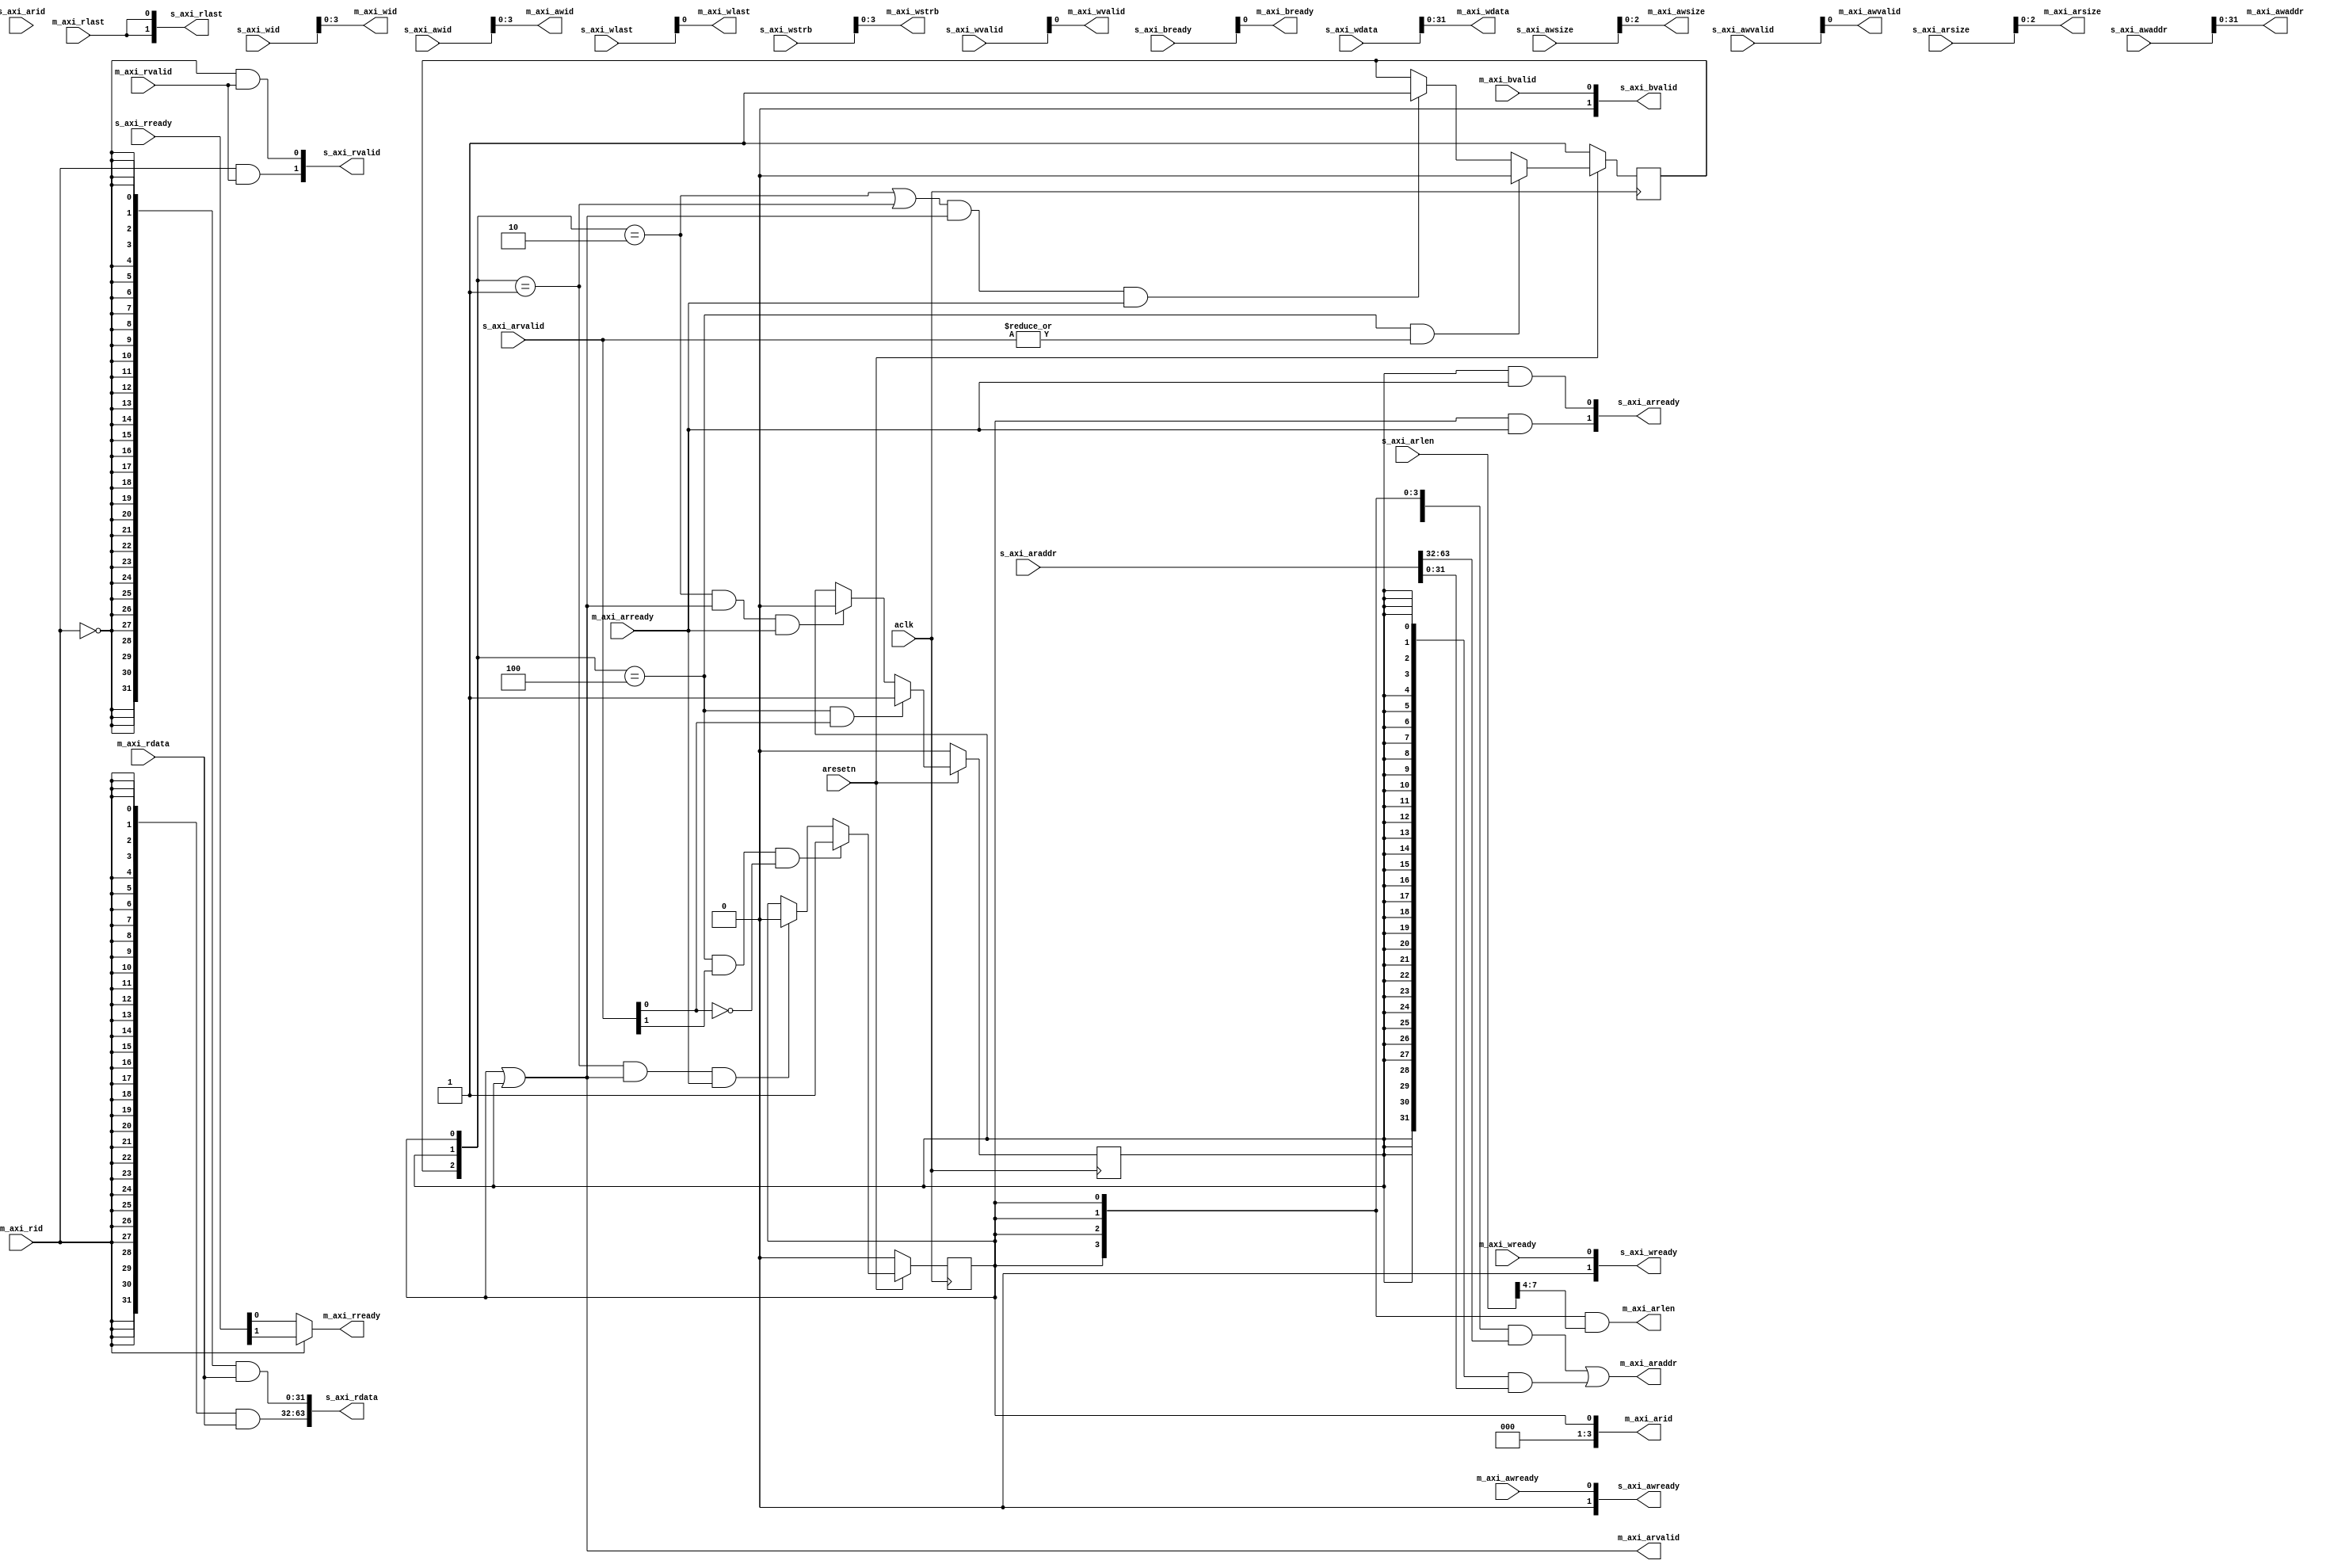
`timescale 1ns / 1ps
//////////////////////////////////////////////////////////////////////////////////
// Company: 
// Engineer: 
// 
// Design Name: 
// Module Name: axi_crossbar
// Project Name: 
// Target Devices: 
// Tool Versions: 
// Description: 
// 
// Dependencies: 
// 
// Revision:
// Revision 0.01 - File Created
// Additional Comments:
// 
//////////////////////////////////////////////////////////////////////////////////

//2-->1 crossbar channel 0's priority is greater than channel 1's.
module axi_crossbar(
        input  wire        aclk,
        input  wire        aresetn,
        
        input  wire     [7:0]       s_axi_awid,
        input  wire     [63:0]      s_axi_awaddr,
        input   wire    [5:0]       s_axi_awsize,
        input   wire    [1:0]       s_axi_awvalid,
        output  wire    [1:0]       s_axi_awready,
    
        input   wire    [7:0]       s_axi_wid,
        input   wire    [63:0]      s_axi_wdata,
        input   wire    [7:0]       s_axi_wstrb,
        input   wire    [1:0]       s_axi_wlast,
        input   wire    [1:0]       s_axi_wvalid,
        output  wire    [1:0]       s_axi_wready,
    
        output   wire   [1:0]       s_axi_bvalid,
        input   wire    [1:0]       s_axi_bready,
    
        input   wire    [7:0]       s_axi_arid,
        input   wire    [63:0]      s_axi_araddr,
        input   wire    [7:0]       s_axi_arlen,
        input   wire    [5:0]       s_axi_arsize,
        input   wire    [1:0]       s_axi_arvalid,
        output  wire    [1:0]       s_axi_arready,
    
        output  wire    [63:0]      s_axi_rdata,
        output   wire   [1:0]       s_axi_rlast,
        output  wire    [1:0]       s_axi_rvalid,
        input   wire    [1:0]       s_axi_rready,
                
        output wire    [3:0]        m_axi_awid,
        output wire     [31:0]      m_axi_awaddr,
        output wire     [2:0]       m_axi_awsize,
        output wire                 m_axi_awvalid,
        input  wire                 m_axi_awready,

        output wire    [3:0]        m_axi_wid,
        output wire     [31:0]      m_axi_wdata,
        output wire     [3:0]       m_axi_wstrb,
        output  wire                m_axi_wlast,
        output wire                 m_axi_wvalid,
        input  wire                 m_axi_wready,

        input  wire                 m_axi_bvalid,
        output wire                 m_axi_bready,

        output wire     [3:0]       m_axi_arid,
        output wire     [31:0]      m_axi_araddr,
        output  wire    [3:0]       m_axi_arlen,
        output wire     [2:0]       m_axi_arsize,
        output wire                 m_axi_arvalid,
        input  wire                 m_axi_arready,

        input wire                  m_axi_rid,
        input  wire     [31:0]      m_axi_rdata,
        input   wire                m_axi_rlast,
        input  wire                 m_axi_rvalid,
        output wire                 m_axi_rready
    );
    
    reg         wait_state;
    reg         channel0_read_state;
    reg         channel1_read_state;
    
    wire    [2:0]   state;
    
    assign      state = {wait_state, channel0_read_state, channel1_read_state};
    //read channel
    assign      s_axi_rdata = {{32{m_axi_rid}} & m_axi_rdata, {32{~m_axi_rid}} & m_axi_rdata};
    assign      s_axi_rlast = {m_axi_rlast, m_axi_rlast};
    assign      s_axi_rvalid = {m_axi_rid & m_axi_rvalid, ~m_axi_rid & m_axi_rvalid};
    assign      m_axi_rready = m_axi_rid ? s_axi_rready[1] : s_axi_rready[0];
    //read address channel
    assign      m_axi_arsize = s_axi_arsize[2:0];
    assign      m_axi_arid = channel1_read_state;
    assign      m_axi_araddr = {{32{channel1_read_state}} & s_axi_araddr[63:32]} | {{32{channel0_read_state}} & s_axi_araddr[31:0]};
    assign      m_axi_arlen = {{4{channel1_read_state}} & s_axi_arlen[7:4]};
    assign      m_axi_arvalid = channel1_read_state | channel0_read_state;
    assign      s_axi_arready = {channel1_read_state & m_axi_arready, channel0_read_state & m_axi_arready};
    
    always @(posedge aclk)
    begin
            if(~aresetn)
                    wait_state <= 1'b1;
            else if(state == 3'b100 && (|s_axi_arvalid))
                    wait_state <= 1'b0;
            else if((state == 3'b010 || state == 3'b001) && m_axi_arvalid && m_axi_arready)
                    wait_state <= 1'b1;
            else
                    wait_state <= wait_state;
    end
    
    always @(posedge aclk)
    begin
            if(~aresetn)
                    channel0_read_state <= 1'b0;
            else if(state == 3'b100 && s_axi_arvalid[0])
                    channel0_read_state <= 1'b1;
            else if(state == 3'b010 && m_axi_arvalid && m_axi_arready)
                    channel0_read_state <= 1'b0;
            else
                    channel0_read_state <= channel0_read_state;
    end
    
    always @(posedge aclk)
    begin
            if(~aresetn)
                    channel1_read_state <= 1'b0;
            else if((state == 3'b100) && s_axi_arvalid[1] && ~s_axi_arvalid[0])
                    channel1_read_state <= 1'b1;
            else if(state == 3'b001 && m_axi_arvalid && m_axi_arready)
                    channel1_read_state <= 1'b0;
            else
                    channel1_read_state <= channel1_read_state;
    end
    
    //write channel
    assign      m_axi_wid = s_axi_wid[3:0];
    assign      m_axi_wdata = s_axi_wdata[31:0];
    assign      m_axi_wstrb = s_axi_wstrb[3:0];
    assign      m_axi_wlast = s_axi_wlast[0];
    assign      m_axi_wvalid = s_axi_wvalid[0];
    assign      s_axi_wready = {1'b0, m_axi_wready};
    //write adress channel
    assign      m_axi_awid = s_axi_awid[3:0];
    assign      m_axi_awaddr = s_axi_awaddr[31:0];
    assign      m_axi_awsize = s_axi_awsize[2:0];
    assign      m_axi_awvalid = s_axi_awvalid[0];
    assign      s_axi_awready = {1'b0, m_axi_awready};
    //write response channel
    assign      m_axi_bready = s_axi_bready[0];
    assign      s_axi_bvalid = {1'b0, m_axi_bvalid};
    
endmodule